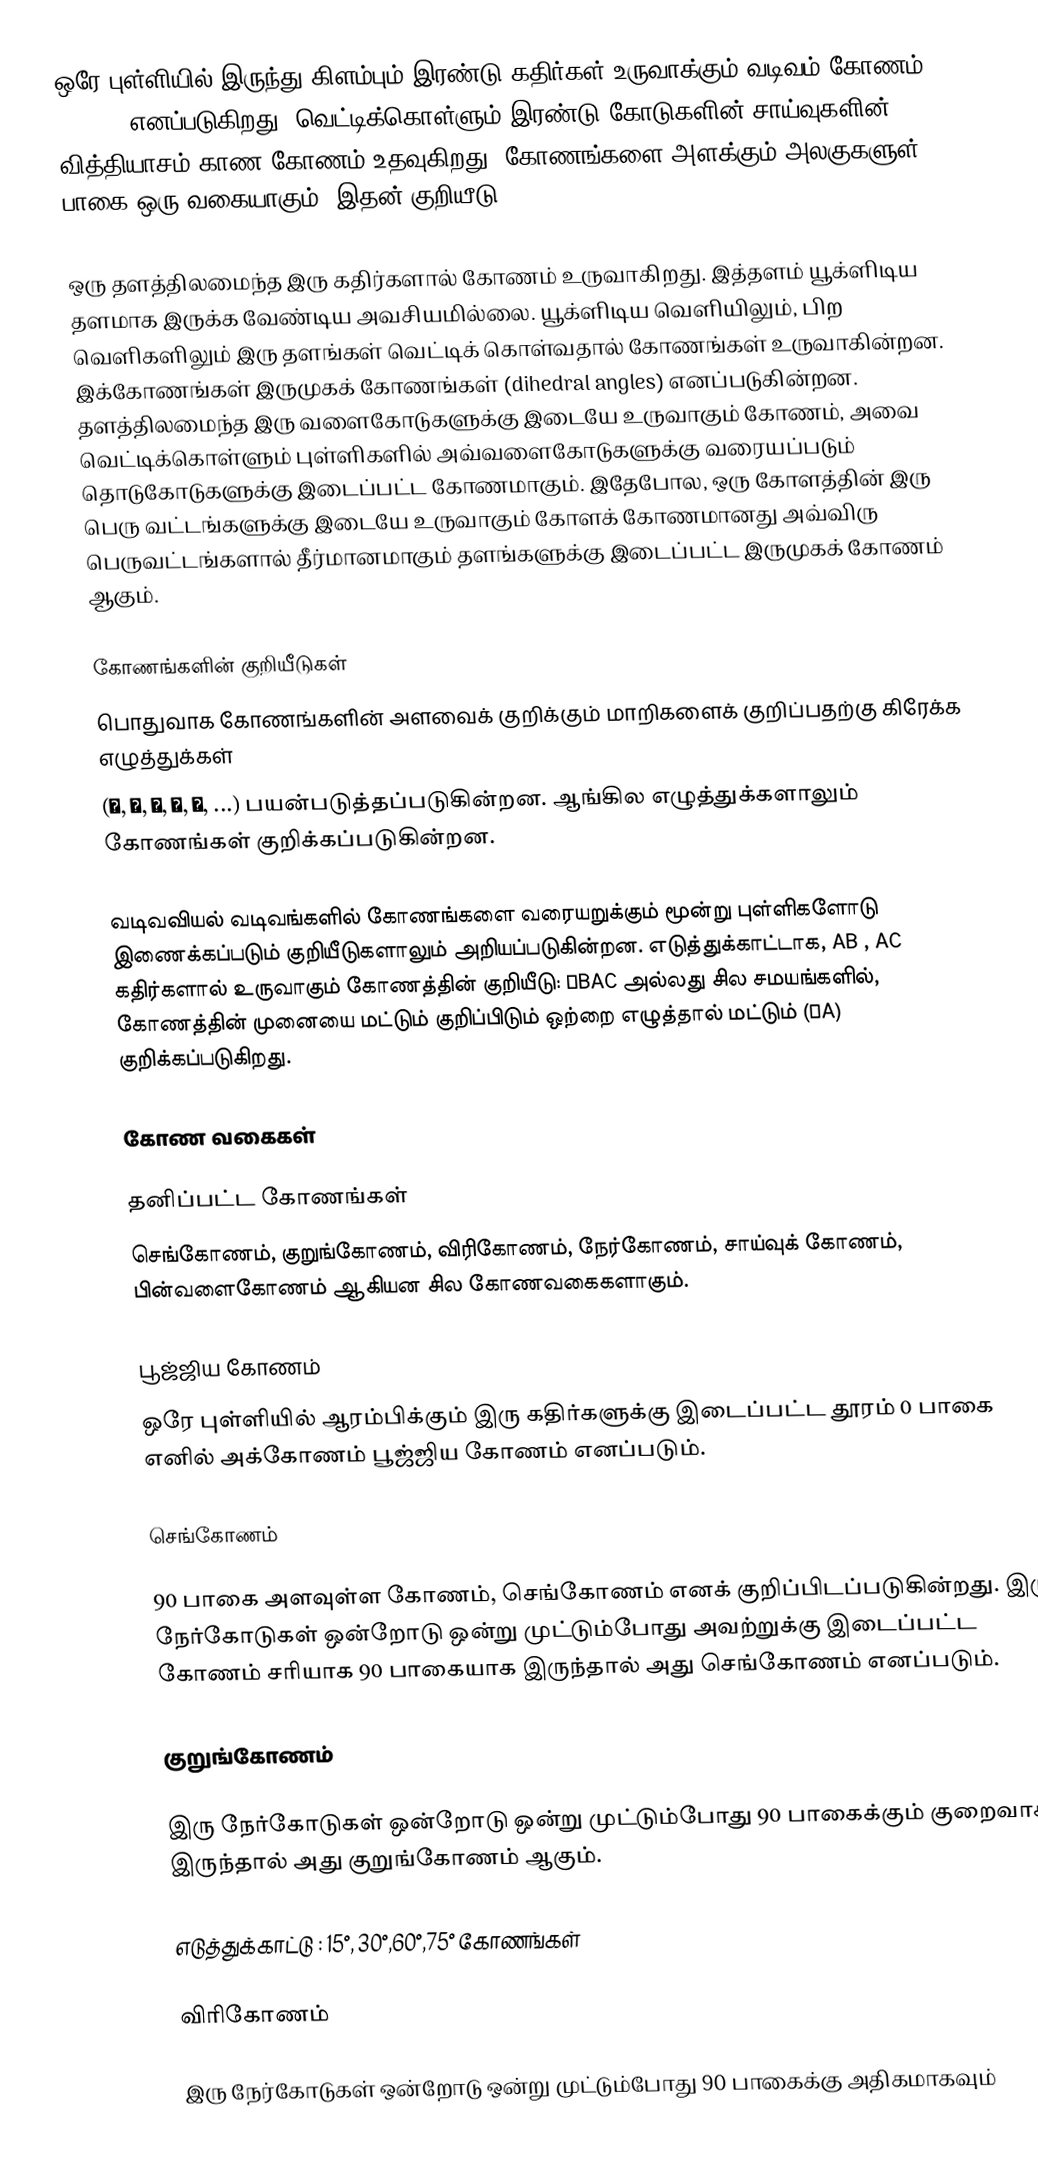
ஒரே புள்ளியில் இருந்து கிளம்பும் இரண்டு கதிர்கள்  உருவாக்கும் வடிவம் கோணம் (Angle) எனப்படுகிறது. வெட்டிக்கொள்ளும் இரண்டு கோடுகளின் சாய்வுகளின் வித்தியாசம் காண கோணம் உதவுகிறது. கோணங்களை அளக்கும் அலகுகளுள் பாகை ஒரு வகையாகும். இதன் குறியீடு °.

ஒரு தளத்திலமைந்த இரு கதிர்களால் கோணம் உருவாகிறது. இத்தளம் யூக்ளிடிய தளமாக இருக்க வேண்டிய அவசியமில்லை. யூக்ளிடிய வெளியிலும், பிற வெளிகளிலும் இரு தளங்கள் வெட்டிக் கொள்வதால் கோணங்கள் உருவாகின்றன. இக்கோணங்கள் இருமுகக் கோணங்கள் (dihedral angles) எனப்படுகின்றன. தளத்திலமைந்த இரு வளைகோடுகளுக்கு இடையே உருவாகும் கோணம், அவை வெட்டிக்கொள்ளும் புள்ளிகளில் அவ்வளைகோடுகளுக்கு வரையப்படும் தொடுகோடுகளுக்கு இடைப்பட்ட கோணமாகும். இதேபோல, ஒரு கோளத்தின் இரு பெரு வட்டங்களுக்கு இடையே உருவாகும் கோளக் கோணமானது அவ்விரு பெருவட்டங்களால் தீர்மானமாகும் தளங்களுக்கு இடைப்பட்ட இருமுகக் கோணம் ஆகும்.

கோணங்களின் குறியீடுகள்
பொதுவாக  கோணங்களின் அளவைக் குறிக்கும் மாறிகளைக் குறிப்பதற்கு கிரேக்க எழுத்துக்கள்
(α, β, γ, θ, φ, ...) பயன்படுத்தப்படுகின்றன. ஆங்கில எழுத்துக்களாலும் கோணங்கள் குறிக்கப்படுகின்றன.

வடிவவியல் வடிவங்களில் கோணங்களை வரையறுக்கும் மூன்று புள்ளிகளோடு இணைக்கப்படும் குறியீடுகளாலும் அறியப்படுகின்றன.  எடுத்துக்காட்டாக, AB , AC கதிர்களால் உருவாகும் கோணத்தின் குறியீடு: ∠BAC அல்லது  சில சமயங்களில், கோணத்தின் முனையை மட்டும் குறிப்பிடும் ஒற்றை எழுத்தால் மட்டும் (∠A) குறிக்கப்படுகிறது.

கோண வகைகள்

தனிப்பட்ட கோணங்கள்
செங்கோணம், குறுங்கோணம், விரிகோணம், நேர்கோணம், சாய்வுக் கோணம், பின்வளைகோணம் ஆகியன சில கோணவகைகளாகும்.

பூஜ்ஜிய கோணம்
ஒரே புள்ளியில் ஆரம்பிக்கும் இரு கதிர்களுக்கு இடைப்பட்ட தூரம் 0 பாகை எனில் அக்கோணம் பூஜ்ஜிய கோணம் எனப்படும்.

செங்கோணம்

90 பாகை அளவுள்ள கோணம், செங்கோணம் எனக் குறிப்பிடப்படுகின்றது. இரு நேர்கோடுகள் ஒன்றோடு ஒன்று முட்டும்போது அவற்றுக்கு இடைப்பட்ட கோணம் சரியாக 90 பாகையாக இருந்தால் அது செங்கோணம் எனப்படும்.

குறுங்கோணம்

இரு நேர்கோடுகள் ஒன்றோடு ஒன்று முட்டும்போது 90 பாகைக்கும் குறைவாக இருந்தால் அது குறுங்கோணம் ஆகும்.

எடுத்துக்காட்டு  :  15°, 30°,60°,75° கோணங்கள்

விரிகோணம்

இரு நேர்கோடுகள் ஒன்றோடு ஒன்று முட்டும்போது 90 பாகைக்கு அதிகமாகவும்